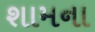
શામના